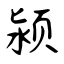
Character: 颍